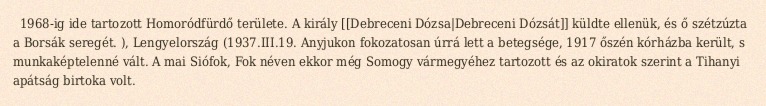
1968-ig ide tartozott Homoródfürdő területe. A király [[Debreceni Dózsa|Debreceni Dózsát]] küldte ellenük, és ő szétzúzta a Borsák seregét. ), Lengyelország (1937.III.19. Anyjukon fokozatosan úrrá lett a betegsége, 1917 őszén kórházba került, s munkaképtelenné vált. A mai Siófok, Fok néven ekkor még Somogy vármegyéhez tartozott és az okiratok szerint a Tihanyi apátság birtoka volt.